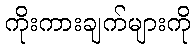
ကိုးကားချက်များကို